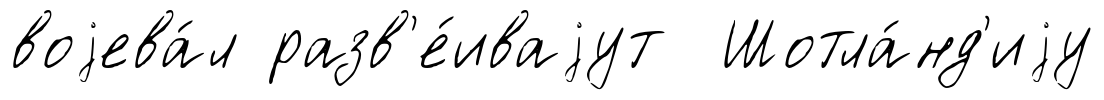
воjева́л разв'е́иваjут Шотла́нд'иjу